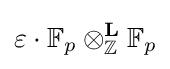
\varepsilon \cdot \mathbb {F} _{p}\otimes _{\mathbb {Z} }^{\mathbf {L} }\mathbb {F} _{p}